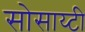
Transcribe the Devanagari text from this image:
सोसाय्टी